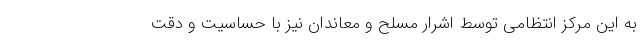
به این مرکز انتظامی توسط اشرار مسلح و معاندان نیز با حساسیت و دقت